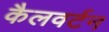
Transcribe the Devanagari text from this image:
कैलवर्टन